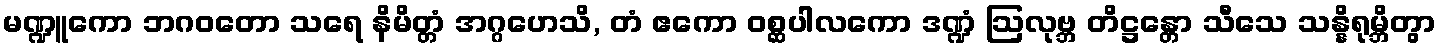
မဏ္ဍူကော ဘဂဝတော သရေ နိမိတ္တံ အဂ္ဂဟေသိ, တံ ဧကော ဝစ္ဆပါလကော ဒဏ္ဍံ ဩလုဗ္ဘ တိဋ္ဌန္တော သီသေ သန္နိရုမ္ဘိတွာ